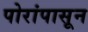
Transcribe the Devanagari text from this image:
पोरांपासून